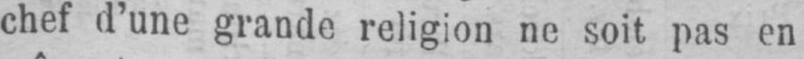
chef d’une grande religion ne soit pas en